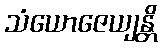
သံယောဇေယျန္တိ